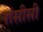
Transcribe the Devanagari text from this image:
रांसीसी